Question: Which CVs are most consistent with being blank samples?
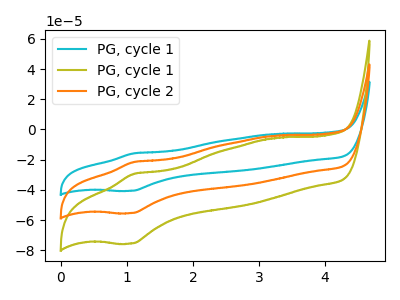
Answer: <think>The cyan curve "PG, cycle 1" has an anodic peak at (1.10V, -43.05uA) and a cathodic peak at (1.05V, -110.60uA). The olive curve "PG, cycle 1" has an anodic peak at (1.10V, -29.35uA) and a cathodic peak at (1.05V, -75.40uA). The orange curve "PG, cycle 2" has an anodic peak at (1.10V, -21.55uA) and a cathodic peak at (1.05V, -55.30uA).</think>
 <answer>There are not any CV's on this graph that are likely to be blanks.</answer>
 <eval>none</eval>